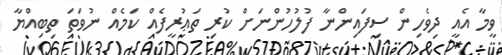
ވީމާ އެއީ ދިވެހިން ސިފައިންނާ ފުލުހުންނަށް ކުރި ތަޢުރީފެއް ކަމެއް ނުވަތަ ތިބިއްޔާ